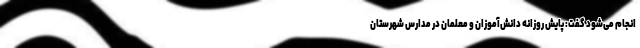
انجام می‌شود گفت: پایش روزانه دانش‌آموزان و معلمان در مدارس شهرستان